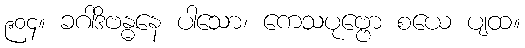
၉၀၄။ ခဂါဒိဗန္ဓနေ ပါသော၊ ကေသပုဗ္ဗော စယေ ပျထ။